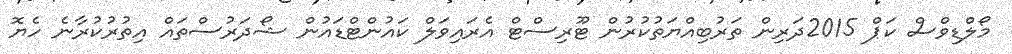
މޯލްޑިވްސް ކަޕް 2015ދަރިން ތަރުބިއްޔަތުކުރުން ޓޫރިސްޓް އެރައިވަލް ކައުންޓްޑައުން ޝޯދަރުސްތައް އިތުރުކުރާނެ ހެޔޮ